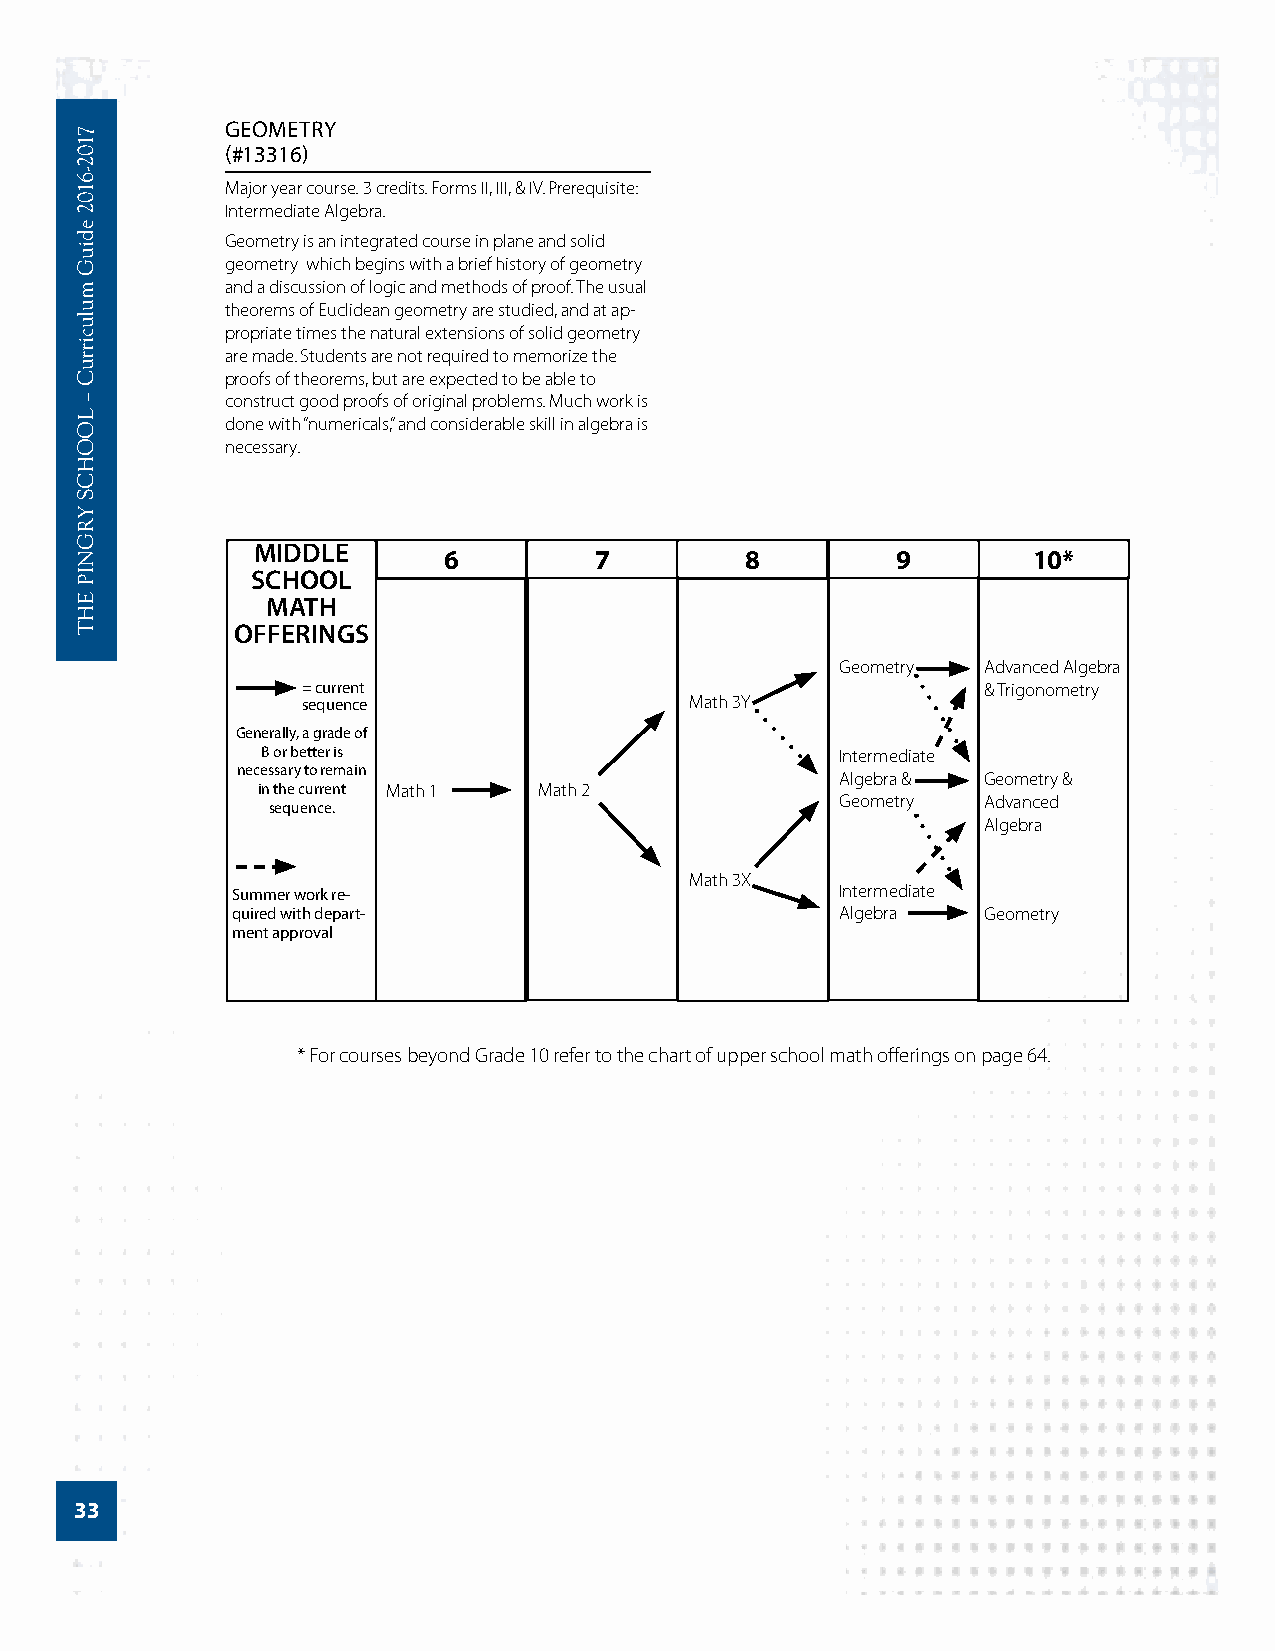
GEOMETRY
 (#13316)
 Major year course. 3 credits. Forms II, III, & IV. Prerequisite:
 Intermediate Algebra.
 Geometry is an integrated course in plane and solid
 geometry which begins with a brief history of geometry
 and a discussion of logic and methods of proof. The usual
 theorems of Euclidean geometry are studied, and at ap-
 propriate times the natural extensions of solid geometry
 are made. Students are not required to memorize the
 proofs of theorems, but are expected to be able to
 construct good proofs of original problems. Much work is
 done with “numericals,” and considerable skill in algebra is
 necessary.
 MIDDLE
 6         7         8         9        10*
 SCHOOL
 MATH
 OFFERINGS
 Geometry Advanced Algebra
 = current                                    & Trigonometry
 sequence                  Math 3Y
 Generally, a grade of
 B or better is                         Intermediate
 necessary to remain
 Algebra & Geometry &
 in the current Math 1 Math 2
 Geometry Advanced
 sequence.
 Algebra
 Math 3X
 Summer work re-                          Intermediate
 quired with depart-                      Algebra  Geometry
 ment approval
 * For courses beyond Grade 10 refer to the chart of upper school math offerings on page 64.
 33
 7102-­6102
 ediuG
 mulucirruC
 –
 LOOHCS
 YRGNIP
 EHT